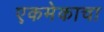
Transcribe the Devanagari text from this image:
एकमेकाचा